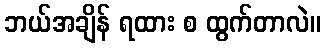
ဘယ်အချိန် ရထား စ ထွက်တာလဲ။